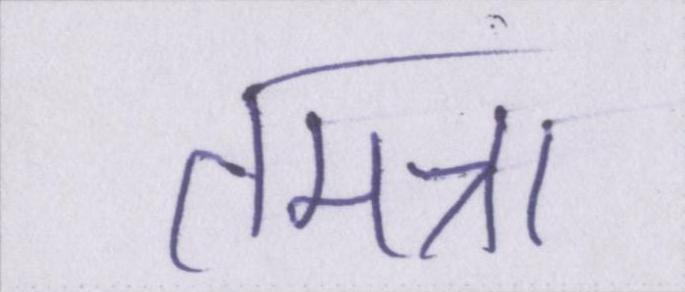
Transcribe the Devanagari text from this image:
तमन्ना